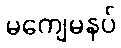
မကျေမနပ်